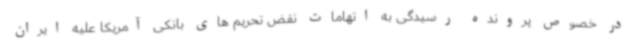
در خصوص پرونده رسیدگی به اتهامات نقض تحریم های بانکی آمریکا علیه ایران